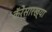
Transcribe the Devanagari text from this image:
कॅरेंसारख्या